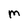
Character: M